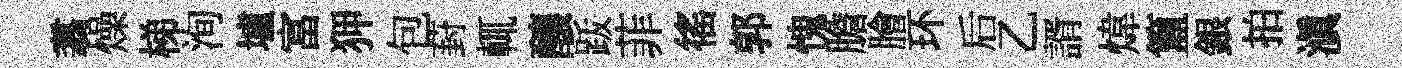
翥燥梯洵壚富狎包葑輒釀䟦菲徭郭愧膽膾环后乙諝煒簋銀拍滇